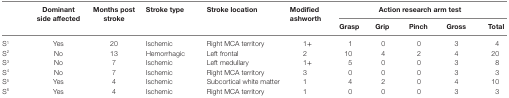
<table><thead><tr><td rowspan="2"></td><td rowspan="2"><b>Dominant side affected</b></td><td rowspan="2"><b>Months post stroke</b></td><td rowspan="2"><b>Stroke type</b></td><td rowspan="2"><b>Stroke location</b></td><td rowspan="2"><b>Modified ashworth</b></td><td colspan="5"><b>Action research arm test</b></td></tr><tr><td><b>Grasp</b></td><td><b>Grip</b></td><td><b>Pinch</b></td><td><b>Gross</b></td><td><b>Total</b></td></tr></thead><tbody><tr><td>S<sup>1</sup></td><td>Yes</td><td>20</td><td>Ischemic</td><td>Right MCA territory</td><td>1+</td><td>1</td><td>0</td><td>0</td><td>3</td><td>4</td></tr><tr><td>S<sup>2</sup></td><td>No</td><td>13</td><td>Hemorrhagic</td><td>Left frontal</td><td>2</td><td>10</td><td>4</td><td>2</td><td>4</td><td>20</td></tr><tr><td>S<sup>3</sup></td><td>No</td><td>7</td><td>Ischemic</td><td>Left medullary</td><td>1+</td><td>5</td><td>0</td><td>0</td><td>3</td><td>8</td></tr><tr><td>S<sup>4</sup></td><td>No</td><td>7</td><td>Ischemic</td><td>Right MCA territory</td><td>3</td><td>0</td><td>0</td><td>0</td><td>3</td><td>3</td></tr><tr><td>S<sup>5</sup></td><td>Yes</td><td>4</td><td>Ischemic</td><td>Subcortical white matter</td><td>1</td><td>4</td><td>2</td><td>0</td><td>4</td><td>10</td></tr><tr><td>S<sup>6</sup></td><td>Yes</td><td>4</td><td>Ischemic</td><td>Right MCA territory</td><td>1</td><td>0</td><td>0</td><td>0</td><td>3</td><td>3</td></tr></tbody></table>